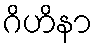
ဂိဟိနာ